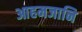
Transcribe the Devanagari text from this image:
आहमजानि